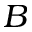
B